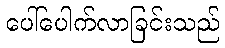
ပေါ်ပေါက်လာခြင်းသည်